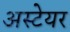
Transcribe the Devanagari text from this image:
अस्टेयर